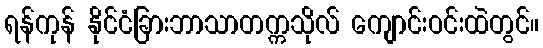
ရန်ကုန် နိုင်ငံခြားဘာသာတက္ကသိုလ် ကျောင်းဝင်းထဲတွင်။